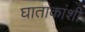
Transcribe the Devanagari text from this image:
घातांकांशी